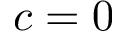
c = 0